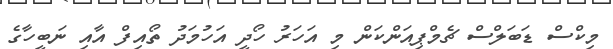
މިކްސް ޑަބަލްސް ޗެމްޕިއަންކަން މި އަހަރު ހޯދީ އަހުމަދު ތޯއިފް އާއި ނަބީހާގެ